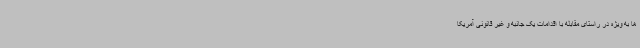
ها به ویژه در راستای مقابله با اقدامات یک جانبه و غیر قانونی آمریکا